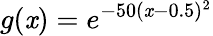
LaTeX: g(\mathit{x})=e^{-50(\mathit{x}-0.5)^{2}}